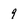
Character: 9